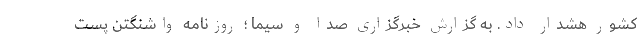
کشور هشدار داد. به گزارش خبرگزاری صدا و سیما ؛ روزنامه واشنگتن پست